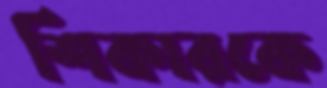
শিকারকে